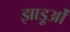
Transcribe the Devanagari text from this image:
झाड़ुओं